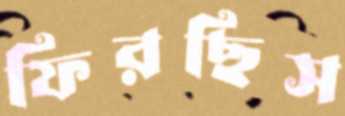
ফিরছিস